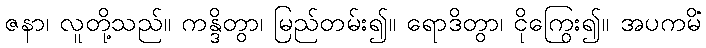
ဇနာ၊ လူတို့သည်။ ကန္ဒိတွာ၊ မြည်တမ်း၍။ ရောဒိတွာ၊ ငိုကြွေး၍။ အပကမိံ